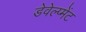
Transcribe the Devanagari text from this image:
डेवेल्प्मेंट